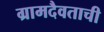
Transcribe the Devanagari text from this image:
ग्रामदैवताची